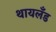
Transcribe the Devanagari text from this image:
थायलँड